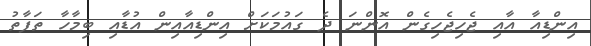
އިންޑިއާ އާއި ޖެހިޖެހިގެން އޮންނަ ދެ ގައުމަކަށް އިންޑިއާއިން އުޑާއި ބިމާހާ ތަފާތު